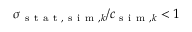
\sigma _ { \mathrm { ~ s ~ t ~ a ~ t ~ } , \mathrm { ~ s ~ i ~ m ~ } , k } / c _ { \mathrm { ~ s ~ i ~ m ~ } , k } < 1 \